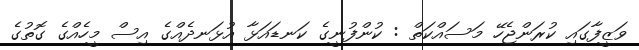
ވަޒީފާގައި ކުރަންޖެހޭ މަސައްކަތް : ކުންފުނީގެ ކަނޑައަޅާ އުޅަނދެއްގެ އިސް މީހެއްގެ ގޮތުގެ